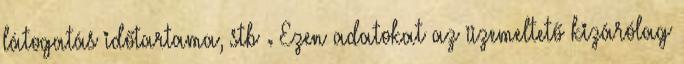
látogatás időtartama, stb . Ezen adatokat az üzemeltető kizárólag